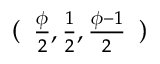
( { \begin{array} { l } { { \frac { \phi } { 2 } } , { \frac { 1 } { 2 } } , { \frac { \phi - 1 } { 2 } } } \end{array} } )